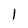
Character: 1